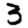
Digit: 3